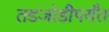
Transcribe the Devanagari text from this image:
तडजोडीपर्यंत